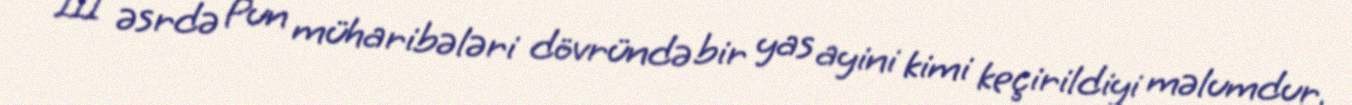
III əsrdə Pun müharibələri dövründə bir yas ayini kimi keçirildiyi məlumdur,